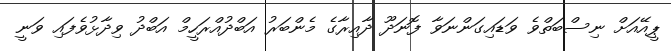
ޕީއޭއަށް ނިސްބަތްވެ ވަޑައިގަންނަވާ ފޮނަދޫ ދާއިރާގެ މެންބަރު އަބްދުއްރަހީމް އަބްދު ވިދާޅުވެފައި ވަނީ